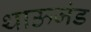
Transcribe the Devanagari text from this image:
थाऊजंड